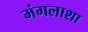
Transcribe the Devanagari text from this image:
मंगलाशा